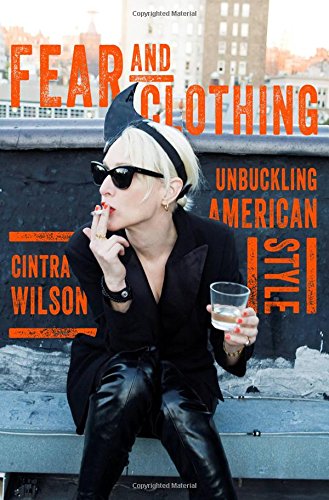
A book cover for Fear and Clothing: Unbuckling American Style; Cintra Wilson; Arts & Photography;